Calcutta medical institutions reports 1892-1900
Year: 1892
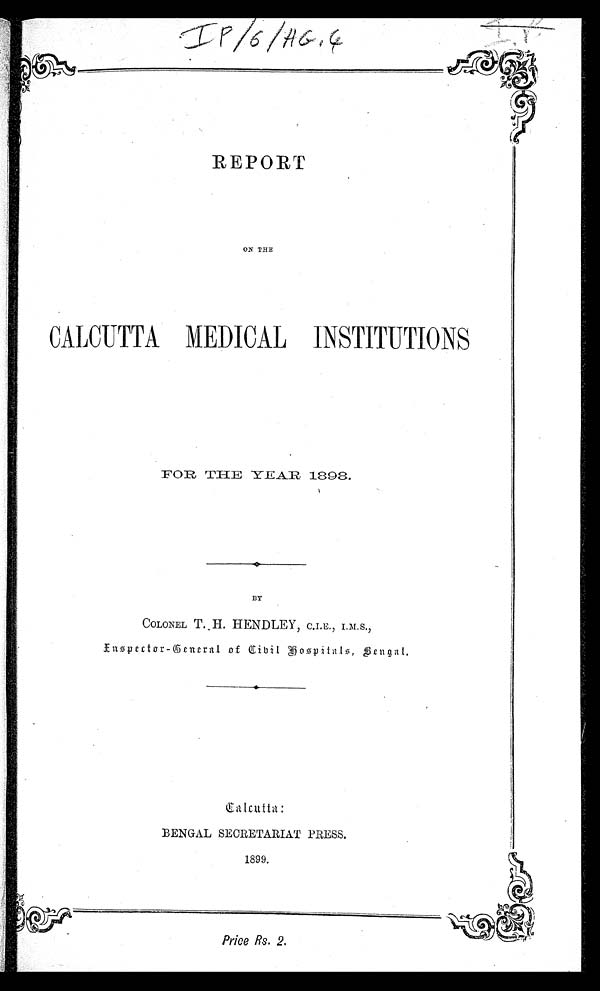
IP/6/HG 4
REPORT
1
ON THE
CALCUTTA MEDICAL INSTITUTIONS
FOR THE YEAR 1893.
BY
COLONEL T. H. HENDLEY, C.I.E., I.M,S.,
Inspector-General of Cibil Hospitals, Bengal.
BENGAL SECRETARIAT PRESS.
1899 .
Price Rs. 2.